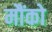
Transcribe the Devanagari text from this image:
मौंको